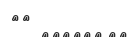
٥٥